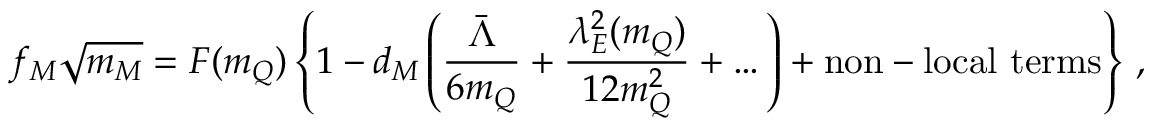
f _ { M } \sqrt { m _ { M } } = F ( m _ { Q } ) \left\{ 1 - d _ { M } \left( \frac { \bar { \Lambda } } { 6 m _ { Q } } + \frac { \lambda _ { E } ^ { 2 } ( m _ { Q } ) } { 1 2 m _ { Q } ^ { 2 } } + \dots \right) + \mathrm { n o n - l o c a l ~ t e r m s } \right\} \, ,